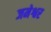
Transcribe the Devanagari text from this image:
जमेश्वर